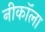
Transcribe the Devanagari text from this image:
नीकॉला